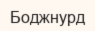
Боджнурд